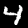
Digit: 4